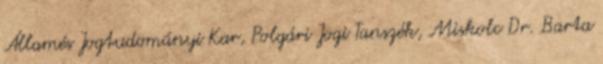
Államés Jogtudományi Kar, Polgári Jogi Tanszék, Miskolc Dr. Barta